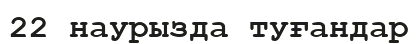
22 наурызда туғандар